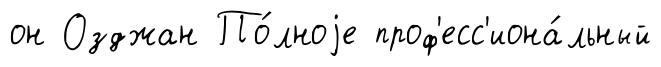
он Озджан По́лноjе проф'есс'иона́льный